Scottish assistants in French and German schools and colleges, 1938
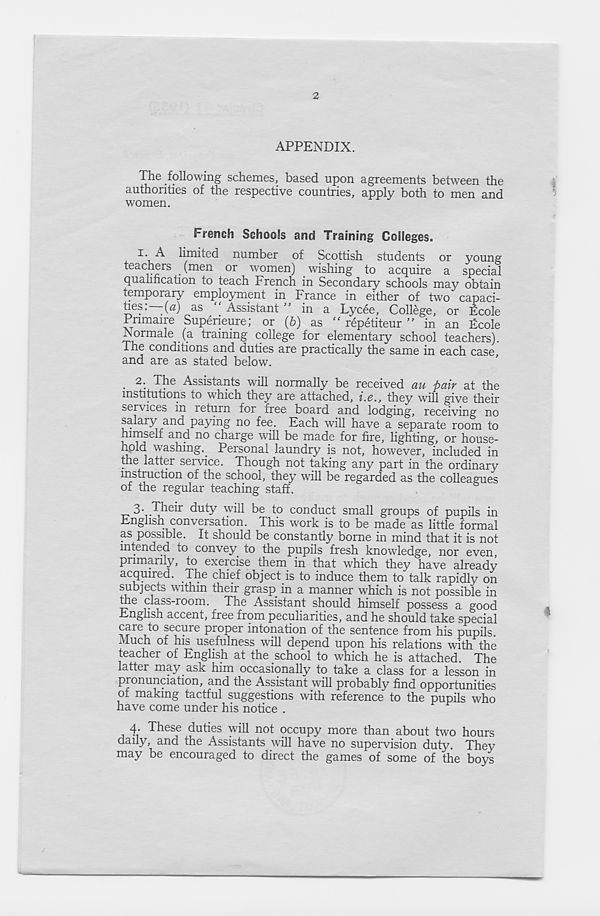
2
APPENDIX.
The following schemes, based upon agreements between the
authorities of the respective countries, apply both to men and
women.
French Schools and Training Colleges.
I - ^ limited number of Scottish students or young
teachers (men or women) wishing to acquire a special
qualification to teach French in Secondary schools may obtain
temporary employment in France in either of two capaci-
tics. -(a) as
Assistant ” in a Lycee, College, or Ecole
Pnmaire Superieure; or (6) as “ repetiteur ” in an Ecole
N ormale (a training college for elementary school teachers).
The conditions and duties are practically the same in each case,
and are as stated below.
. 2, \ The Assistants will normally be received au pair at the
institutions to which they are attached, i.e., they will give their
services in return for free board and lodging, receiving no
salary and paying no fee. Each will have a separate room to
himself and no charge will be made for fire, lighting, or house-
hold washing.. Personal laundry is not, however, included in
the latter service. Though not taking any part in the ordinary
instruction of the school, they will be regarded as the colleagues
of the regular teaching staff.
3- Their duty will be to conduct small groups of pupils in
Enghsn conversation. This work is to be made as little formal
as possible. It should be constantly borne in mind that it is not
intended to convey to the pupils fresh knowledge, nor even,
primarily, to exercise them in that which they have already
acquired. The chief object is to induce them to talk rapidly on
subjects within their grasp in a manner which is not possible in
the class-room. The Assistant should himself possess a good
English accent, free from peculiarities, and he should take special
care to secure proper intonation of the sentence from his pupils.
Much of his usefulness will depend upon his relations with the
teacher of English at the school to which he is attached. The
latter may. ask him occasionally to take a class for a lesson in
pronunciation, and the Assistant will probably find opportunities
of making tactful suggestions with reference to the pupils who
have come under his notice .
4. These duties will not occupy more than about two hours
daily, and the Assistants will have no supervision duty. They
may be encouraged to direct the games of some of the boys